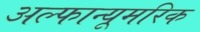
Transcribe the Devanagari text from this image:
अल्फान्यूमरिक